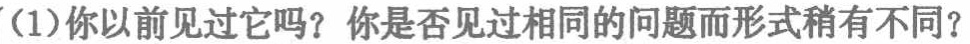
（1）你以前见过它吗？你是否见过相同的问题而形式稍有不同？